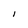
Character: I